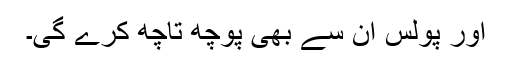
اور پولس ان سے بھی پوچھ تاچھ کرے گی۔